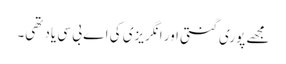
مجھے پوری گنتی اور انگریزی کی اے بی سی یاد تھی۔